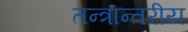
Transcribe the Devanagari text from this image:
तन्त्रान्तरीय